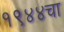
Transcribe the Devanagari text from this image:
१९४४चा